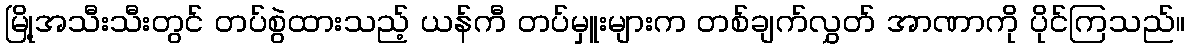
မြို့အသီးသီးတွင် တပ်စွဲထားသည့် ယန်ကီ တပ်မှူးများက တစ်ချက်လွှတ် အာဏာကို ပိုင်ကြသည်။